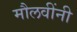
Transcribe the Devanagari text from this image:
मौलवींनी